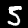
Label: 5